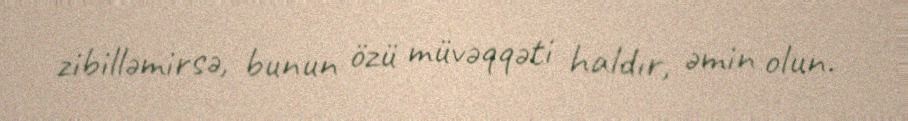
zibilləmirsə, bunun özü müvəqqəti haldır, əmin olun.